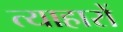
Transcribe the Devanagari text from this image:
त्याहारों